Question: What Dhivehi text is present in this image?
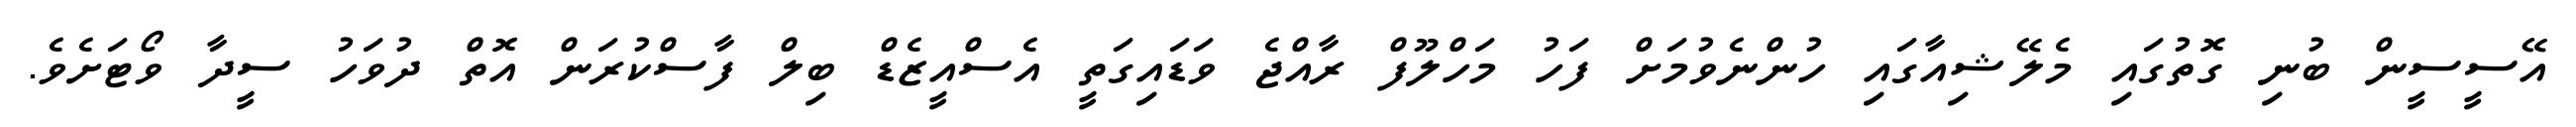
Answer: އޭސީސީން ބުނި ގޮތުގައި މެލޭޝިއާގައި ހުންނެވުމަށް ފަހު މަހްލޫފް ރާއްޖެ ވަޑައިގަތީ އެސްއީޒެޑް ބިލް ފާސްކުރަން އޮތް ދުވަހު ސީދާ ވޯޓަށެވެ.